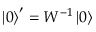
\left| 0 \right> ^ { \prime } = W ^ { - 1 } \left| 0 \right>